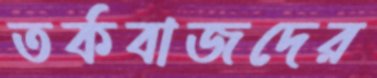
তর্কবাজদের